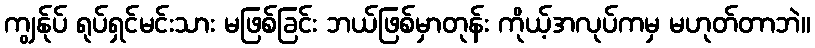
ကျွန်ုပ် ရုပ်ရှင်မင်းသား မဖြစ်ခြင်း ဘယ်ဖြစ်မှာတုန်း ကိုယ့်အလုပ်ကမှ မဟုတ်တာဘဲ။